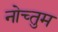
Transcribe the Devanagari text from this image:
नोच्तुम